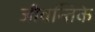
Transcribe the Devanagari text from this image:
जीवन्तिके